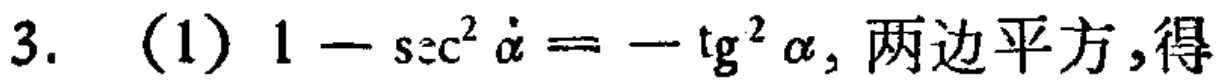
3. (1) \(1 - \sec^{2}\alpha = -\tan^{2}\alpha\), 两边平方,得